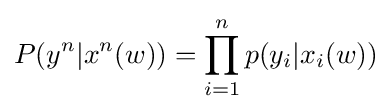
P(y^{n}|x^{n}(w))=\prod _{i=1}^{n}p(y_{i}|x_{i}(w))